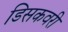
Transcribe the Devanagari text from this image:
डिसकवरी